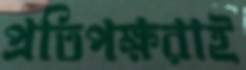
প্রতিপক্ষরাই